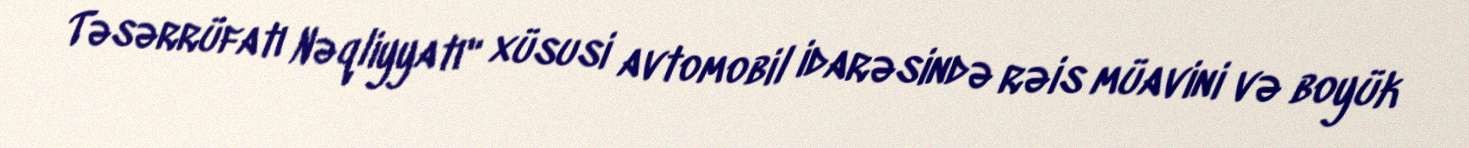
Təsərrüfatı Nəqliyyatı" xüsusi avtomobil idarəsində rəis müavini və boyük